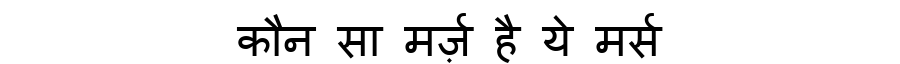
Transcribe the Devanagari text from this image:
कौन सा मर्ज़ है ये मर्स